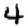
Digit: 4